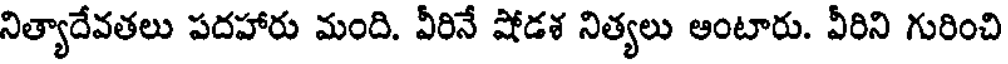
నిత్యాదేవతలు పదహారు మంది. వీరినే షోడశ నిత్యలు ఆంటారు. వీరిని గురించి